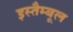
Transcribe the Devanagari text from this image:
इस्तैम्बूल